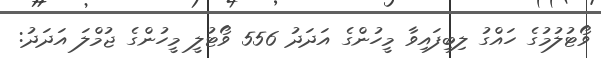
ވޯޓުލުމުގެ ހައްގު ލިބިފައިވާ މީހުންގެ އަދަދު 556 ވޯޓުލީ މީހުންގެ ޖުމްލަ އަދަދު: